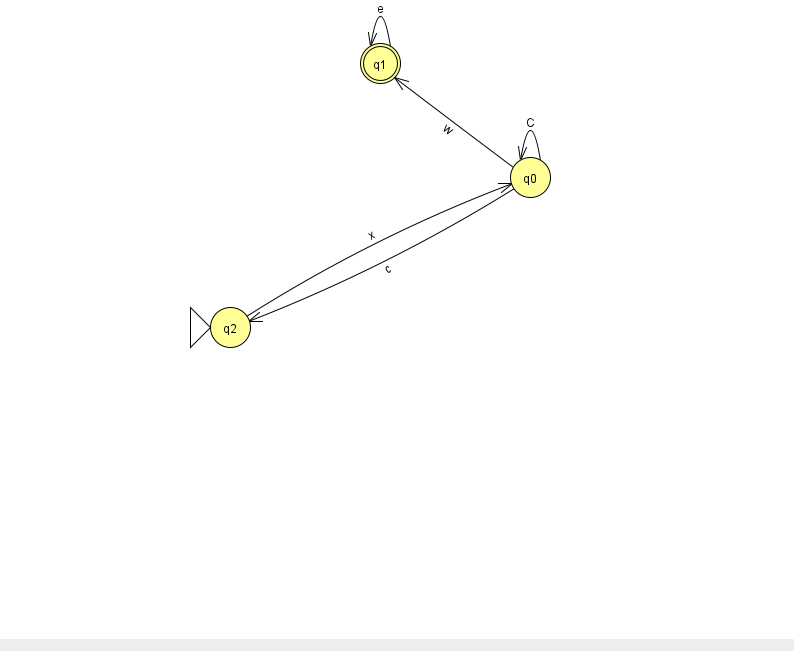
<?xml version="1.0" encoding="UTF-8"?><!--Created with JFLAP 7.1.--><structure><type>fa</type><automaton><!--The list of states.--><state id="0" name="q0"><x>530.0</x><y>164.0</y></state><state id="1" name="q1"><x>380.0</x><y>50.0</y><final/></state><state id="2" name="q2"><x>230.0</x><y>314.0</y><initial/></state><!--The list of transitions.--><transition><from>0</from><to>0</to><read>C</read></transition><transition><from>0</from><to>2</to><read>c</read></transition><transition><from>1</from><to>1</to><read>e</read></transition><transition><from>0</from><to>1</to><read>w</read></transition><transition><from>2</from><to>0</to><read>x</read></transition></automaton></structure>